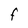
Character: F